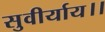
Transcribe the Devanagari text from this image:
सुवीर्याय।।